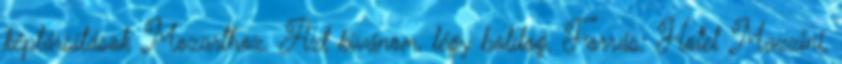
képtársítások Mozarthoz. Azt kívánom, légy boldog. Forrás: Hotel Mazzini,